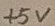
Text: +5V